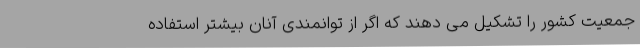
جمعیت کشور را تشکیل می دهند که اگر از توانمندی آنان بیشتر استفاده